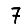
Digit: 7